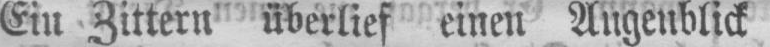
Ein Zittern überlief einen Augenblick